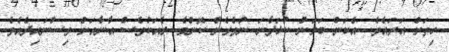
ހިތަށް އަރައެވެ. އެކަން ބަލަން ކުޅަދާނަ ނުވެގެން ކޮންމެ ރެއަކުވެސް އާނާއަށް ވިސްނައިދެއެވެ.